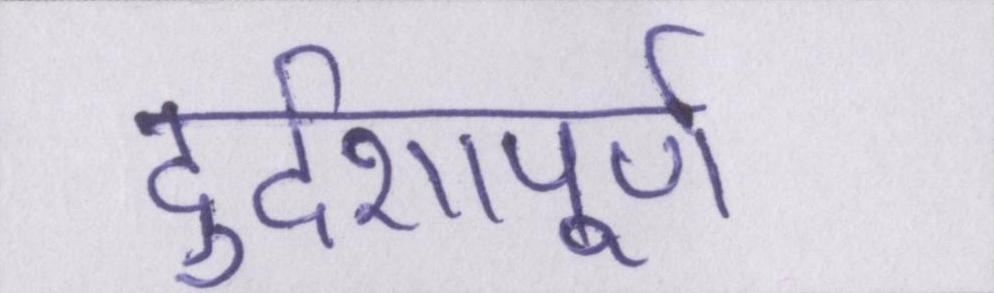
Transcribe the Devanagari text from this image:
दुर्दशापूर्ण